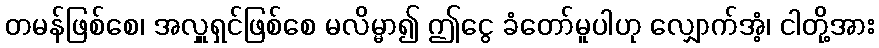
တမန်ဖြစ်စေ၊ အလှူရှင်ဖြစ်စေ မလိမ္မာ၍ ဤငွေ ခံတော်မူပါဟု လျှောက်အံ့၊ ငါတို့အား